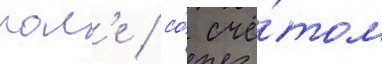
пол'е / со́ счё́том